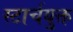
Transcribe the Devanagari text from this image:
स्टार्चयुक्त